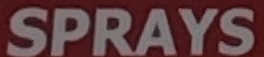
SPRAYS